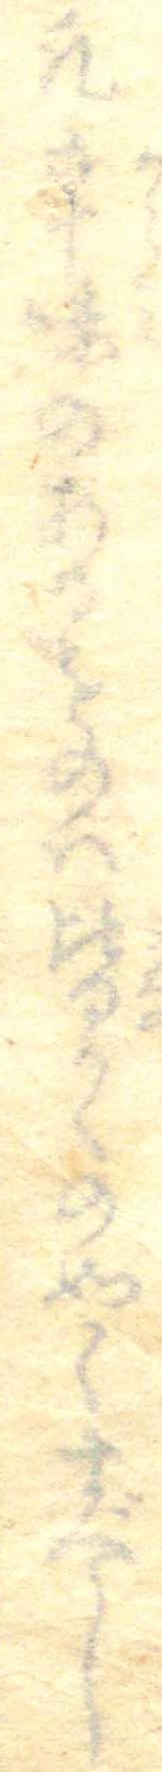
凡辛味のあるものは皆かくの如くすべし